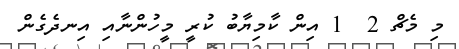
މި މެޗް 2  1 އިން ކާމިޔާބު ކުރީ މީހުންނާއި އިނދެގެން